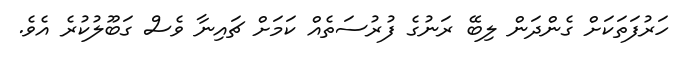
ހަރުފަތަކަށް ގެންދަން ލިބޭ ރަނުގެ ފުރުސަތެއް ކަމަށް ޗައިނާ ވެސް ގަބޫލުކުރެ އެވެ.